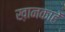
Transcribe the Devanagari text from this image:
ख़ानकाहें